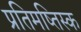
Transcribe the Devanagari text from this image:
प्रतिमष्तिस्क